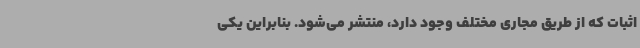
اثبات که از طریق مجاری مختلف وجود دارد، منتشر می‌شود. بنابراین یکی